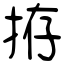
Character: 拵